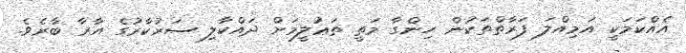
އެއްކަމަކީ އަމިއްލަ ފަރާތްތަކުން ހިންގާ މަތީ ތަޢުލީމަށް ދައްކާލި ސަރުކާރުގެ އާރާ ބާރެވެ.